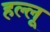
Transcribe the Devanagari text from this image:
हल्लू